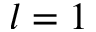
l = 1